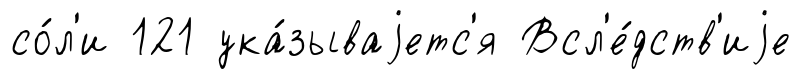
со́л'и 121 ука́зываjетс'я Всл'е́дств'иjе